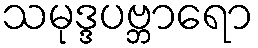
သမုဒ္ဒပဗ္ဘာရော